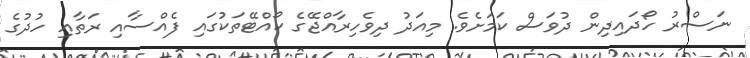
ނަސްރު ހޯދައިދިން ދުވަސް ކަމަށެވެ. މިއަދު ދިވެހިރާއްޖޭގެ ކޯއްޓޭތަކުގައި ފެއްސާއި ރަތާއި ހުދުގެ